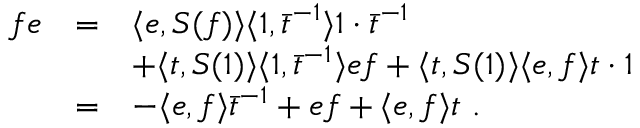
\begin{array} { r c l } { { f e } } & { { = } } & { { \langle e , S ( f ) \rangle \langle 1 , { \bar { t } } ^ { - 1 } \rangle 1 \cdot \bar { t } ^ { - 1 } } } \\ { { } } & { { } } & { { + \langle t , S ( 1 ) \rangle \langle 1 , \bar { t } ^ { - 1 } \rangle e f + \langle t , S ( 1 ) \rangle \langle e , f \rangle t \cdot 1 } } \\ { { } } & { { = } } & { { - \langle e , f \rangle { \bar { t } } ^ { - 1 } + e f + \langle e , f \rangle t ~ . } } \end{array}